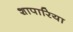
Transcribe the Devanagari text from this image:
शापारिया